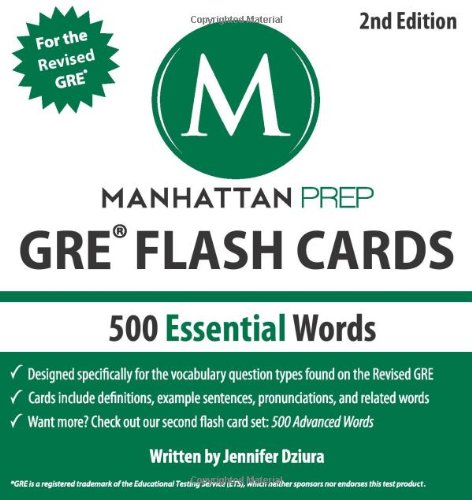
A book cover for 500 Essential Words: GRE Vocabulary Flash Cards (Manhattan Prep GRE Strategy Guides); Manhattan Prep; Test Preparation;